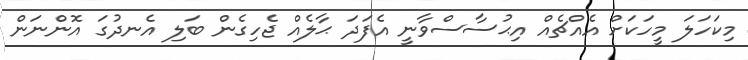
މިކަހަލަ މީހަކަށް އެއްޗެއް އިޙުސާސްވާނީ އެފަދަ ޙާލެއް ޖެހިގެން ބަލި އެނދުގަ އޮންނަން